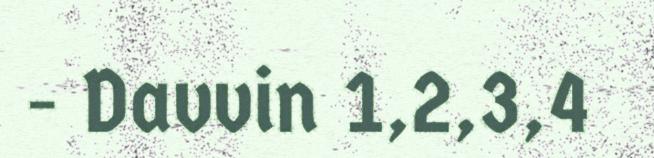
- Davvin 1,2,3,4